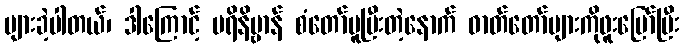
များခဲ့ပါတယ်၊ ဒါကြောင့် ပရိနိဗ္ဗာန် စံတော်မူပြီးတဲ့နောက် ဓာတ်တော်များကိုဖူးမြော်ပြီး